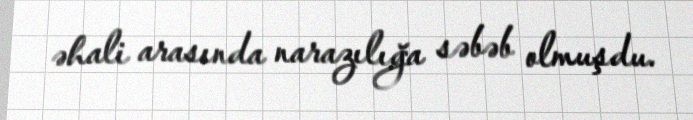
əhali arasında narazılığa səbəb olmuşdu.